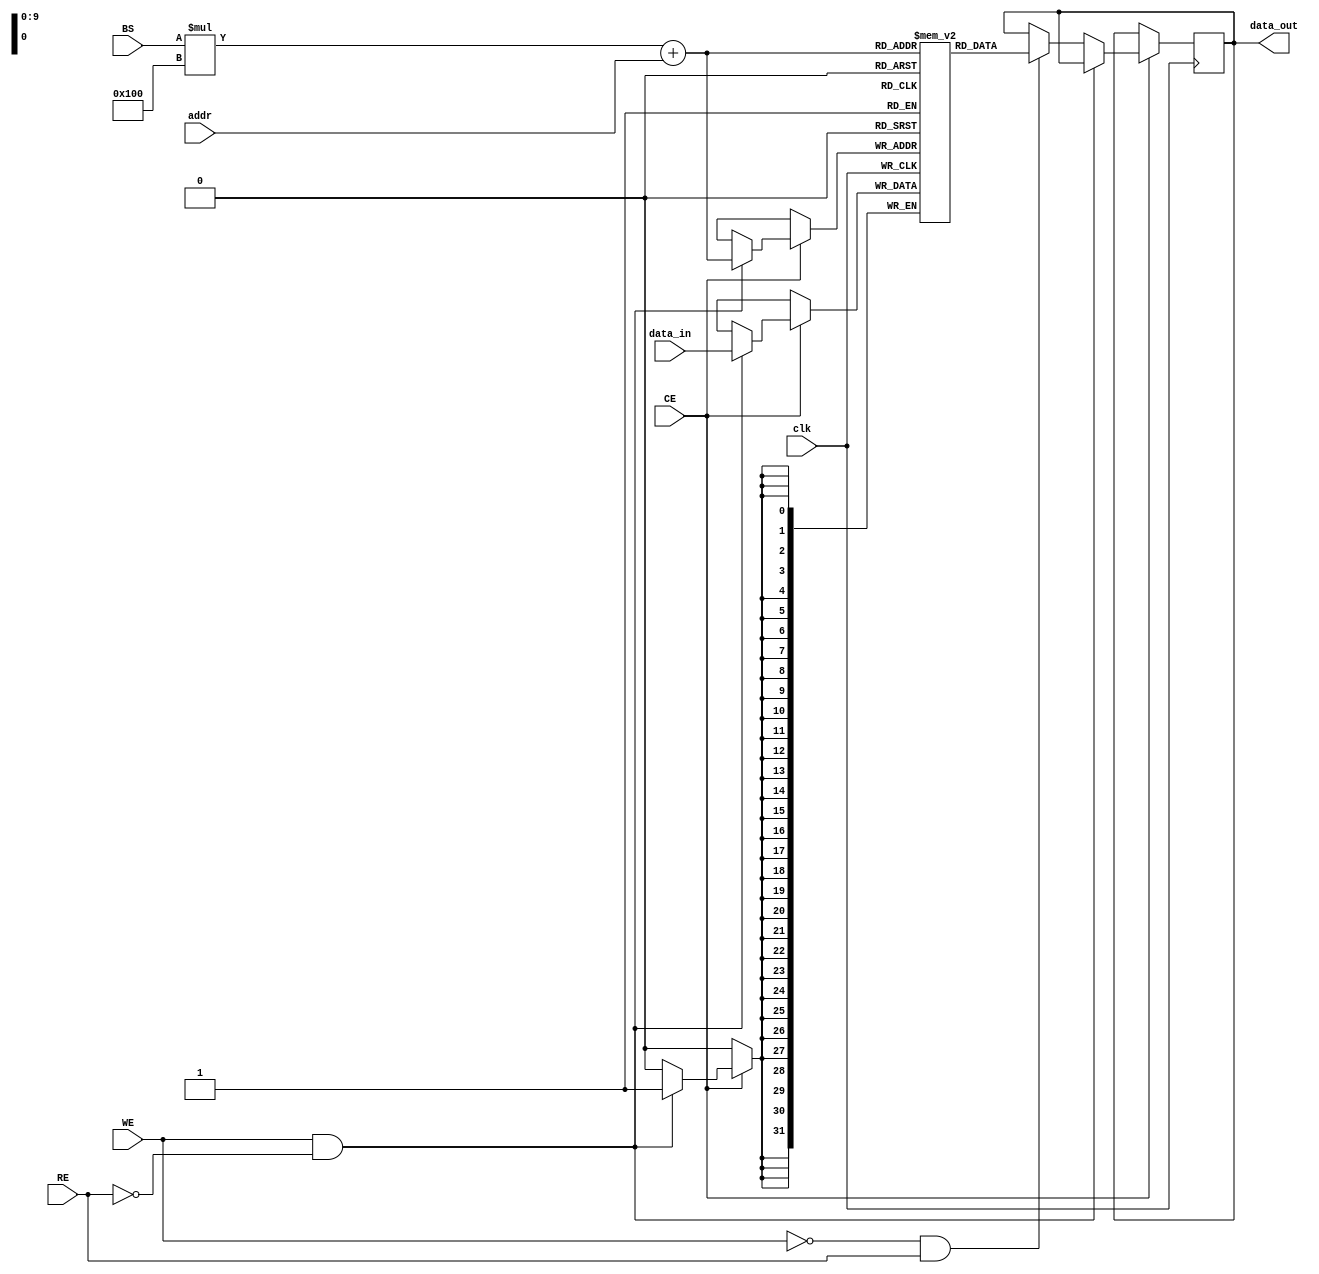
module MultiBankSRAM #(
    parameter NUM_BANKS = 4,         // Number of banks
    parameter BANK_SIZE = 256,        // Size of each bank
    parameter DATA_WIDTH = 32         // Width of data bus
)(
    input wire clk,                   // Clock signal
    input wire CE,                    // Chip Enable
    input wire RE,                    // Read Enable
    input wire WE,                    // Write Enable
    input wire [log2(NUM_BANKS)-1:0] BS, // Bank Select
    input wire [log2(BANK_SIZE)-1:0] addr, // Address within the selected bank
    input wire [DATA_WIDTH-1:0] data_in, // Data input for write operation
    output reg [DATA_WIDTH-1:0] data_out // Data output for read operation
);

    // Memory Banks
    reg [DATA_WIDTH-1:0] banks[NUM_BANKS-1:0][BANK_SIZE-1:0];

    // Internal Addressing
    integer i;

    // Read and Write Operations
    always @(posedge clk) begin
        if (CE) begin
            if (WE && !RE) begin
                // Write Operation
                banks[BS][addr] <= data_in;
            end
            else if (!WE && RE) begin
                // Read Operation
                data_out <= banks[BS][addr];
            end
        end
    end

    // Optional: Idle state handling (for power management)
    always @(posedge clk) begin
        if (CE && !RE && !WE) begin
            // Idle state logic can be added here
        end
    end

    // Function to return log2
    function integer log2;
        input integer value;
        begin
            log2 = 0;
            while (2**log2 < value) begin
                log2 = log2 + 1;
            end
        end
    endfunction

endmodule